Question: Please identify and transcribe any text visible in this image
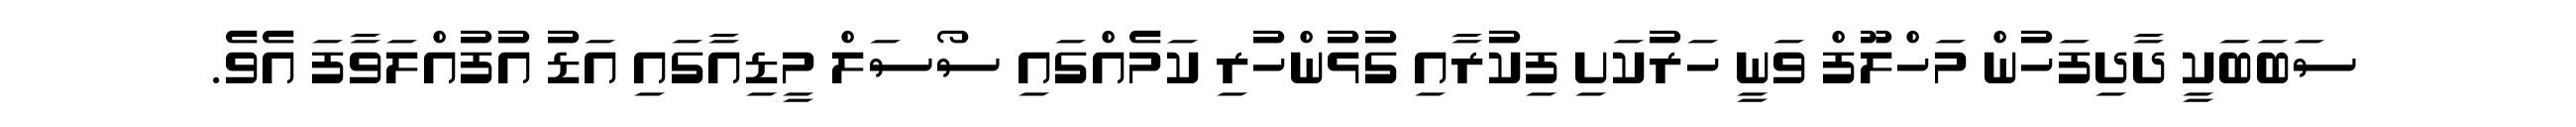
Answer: ސަބަބަކީ ދާދިފަހުން މަހްލޫފް ވަނީ ހަރުކަށި ފިކުރާއި ގުޅުންހުރި ކަމެއްގައި ސޯސަލް މީޑިއާގައި އަޑު އުފުއްލަވާފަ އެވެ.